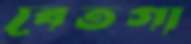
বেতগা